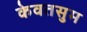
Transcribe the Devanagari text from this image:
केवतसुम